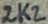
Text: 2K2